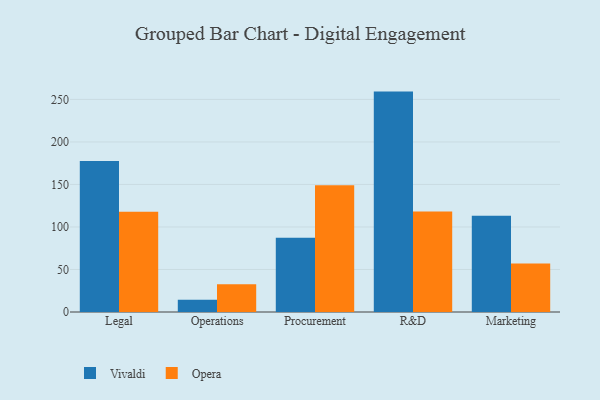
{"axis": {"x": "Department", "y": "Market Share (%)"}, "legend": ["Opera", "Vivaldi"], "data": [{"x": "Legal", "y": 177.6, "type": "Vivaldi"}, {"x": "Legal", "y": 117.8, "type": "Opera"}, {"x": "Operations", "y": 14.3, "type": "Vivaldi"}, {"x": "Operations", "y": 32.5, "type": "Opera"}, {"x": "Procurement", "y": 87.2, "type": "Vivaldi"}, {"x": "Procurement", "y": 149.0, "type": "Opera"}, {"x": "R&D", "y": 259.2, "type": "Vivaldi"}, {"x": "R&D", "y": 118.1, "type": "Opera"}, {"x": "Marketing", "y": 113.1, "type": "Vivaldi"}, {"x": "Marketing", "y": 57.1, "type": "Opera"}]}